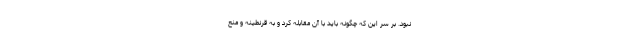
نبود. بر سر این که چگونه باید با آن مقابله کرد و به قرنطینه و منع